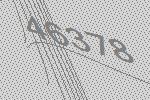
46378